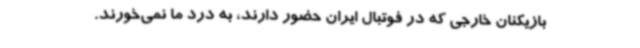
بازیکنان خارجی که در فوتبال ایران حضور دارند، به درد ما نمی‌خورند.